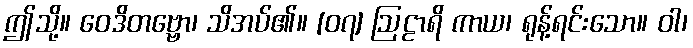
ဤသို့။ ဝေဒိတဗ္ဗော၊ သိအပ်၏။ [၀၇] ဩဠာရိ ကာယ၊ ရုန့်ရင်းသော။ ဝါ၊